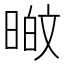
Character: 𭦸